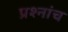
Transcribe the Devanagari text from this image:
प्रश्नांच